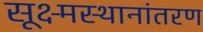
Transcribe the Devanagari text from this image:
सूक्ष्मस्थानांतरण